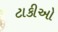
ટાકીઓ